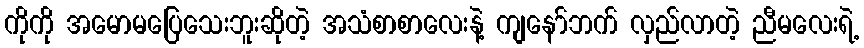
ကိုကို အမောမပြေသေးဘူးဆိုတဲ့ အသံစာစာလေးနဲ့ ကျနော်ဘက် လှည်လာတဲ့ ညီမလေးရဲ့